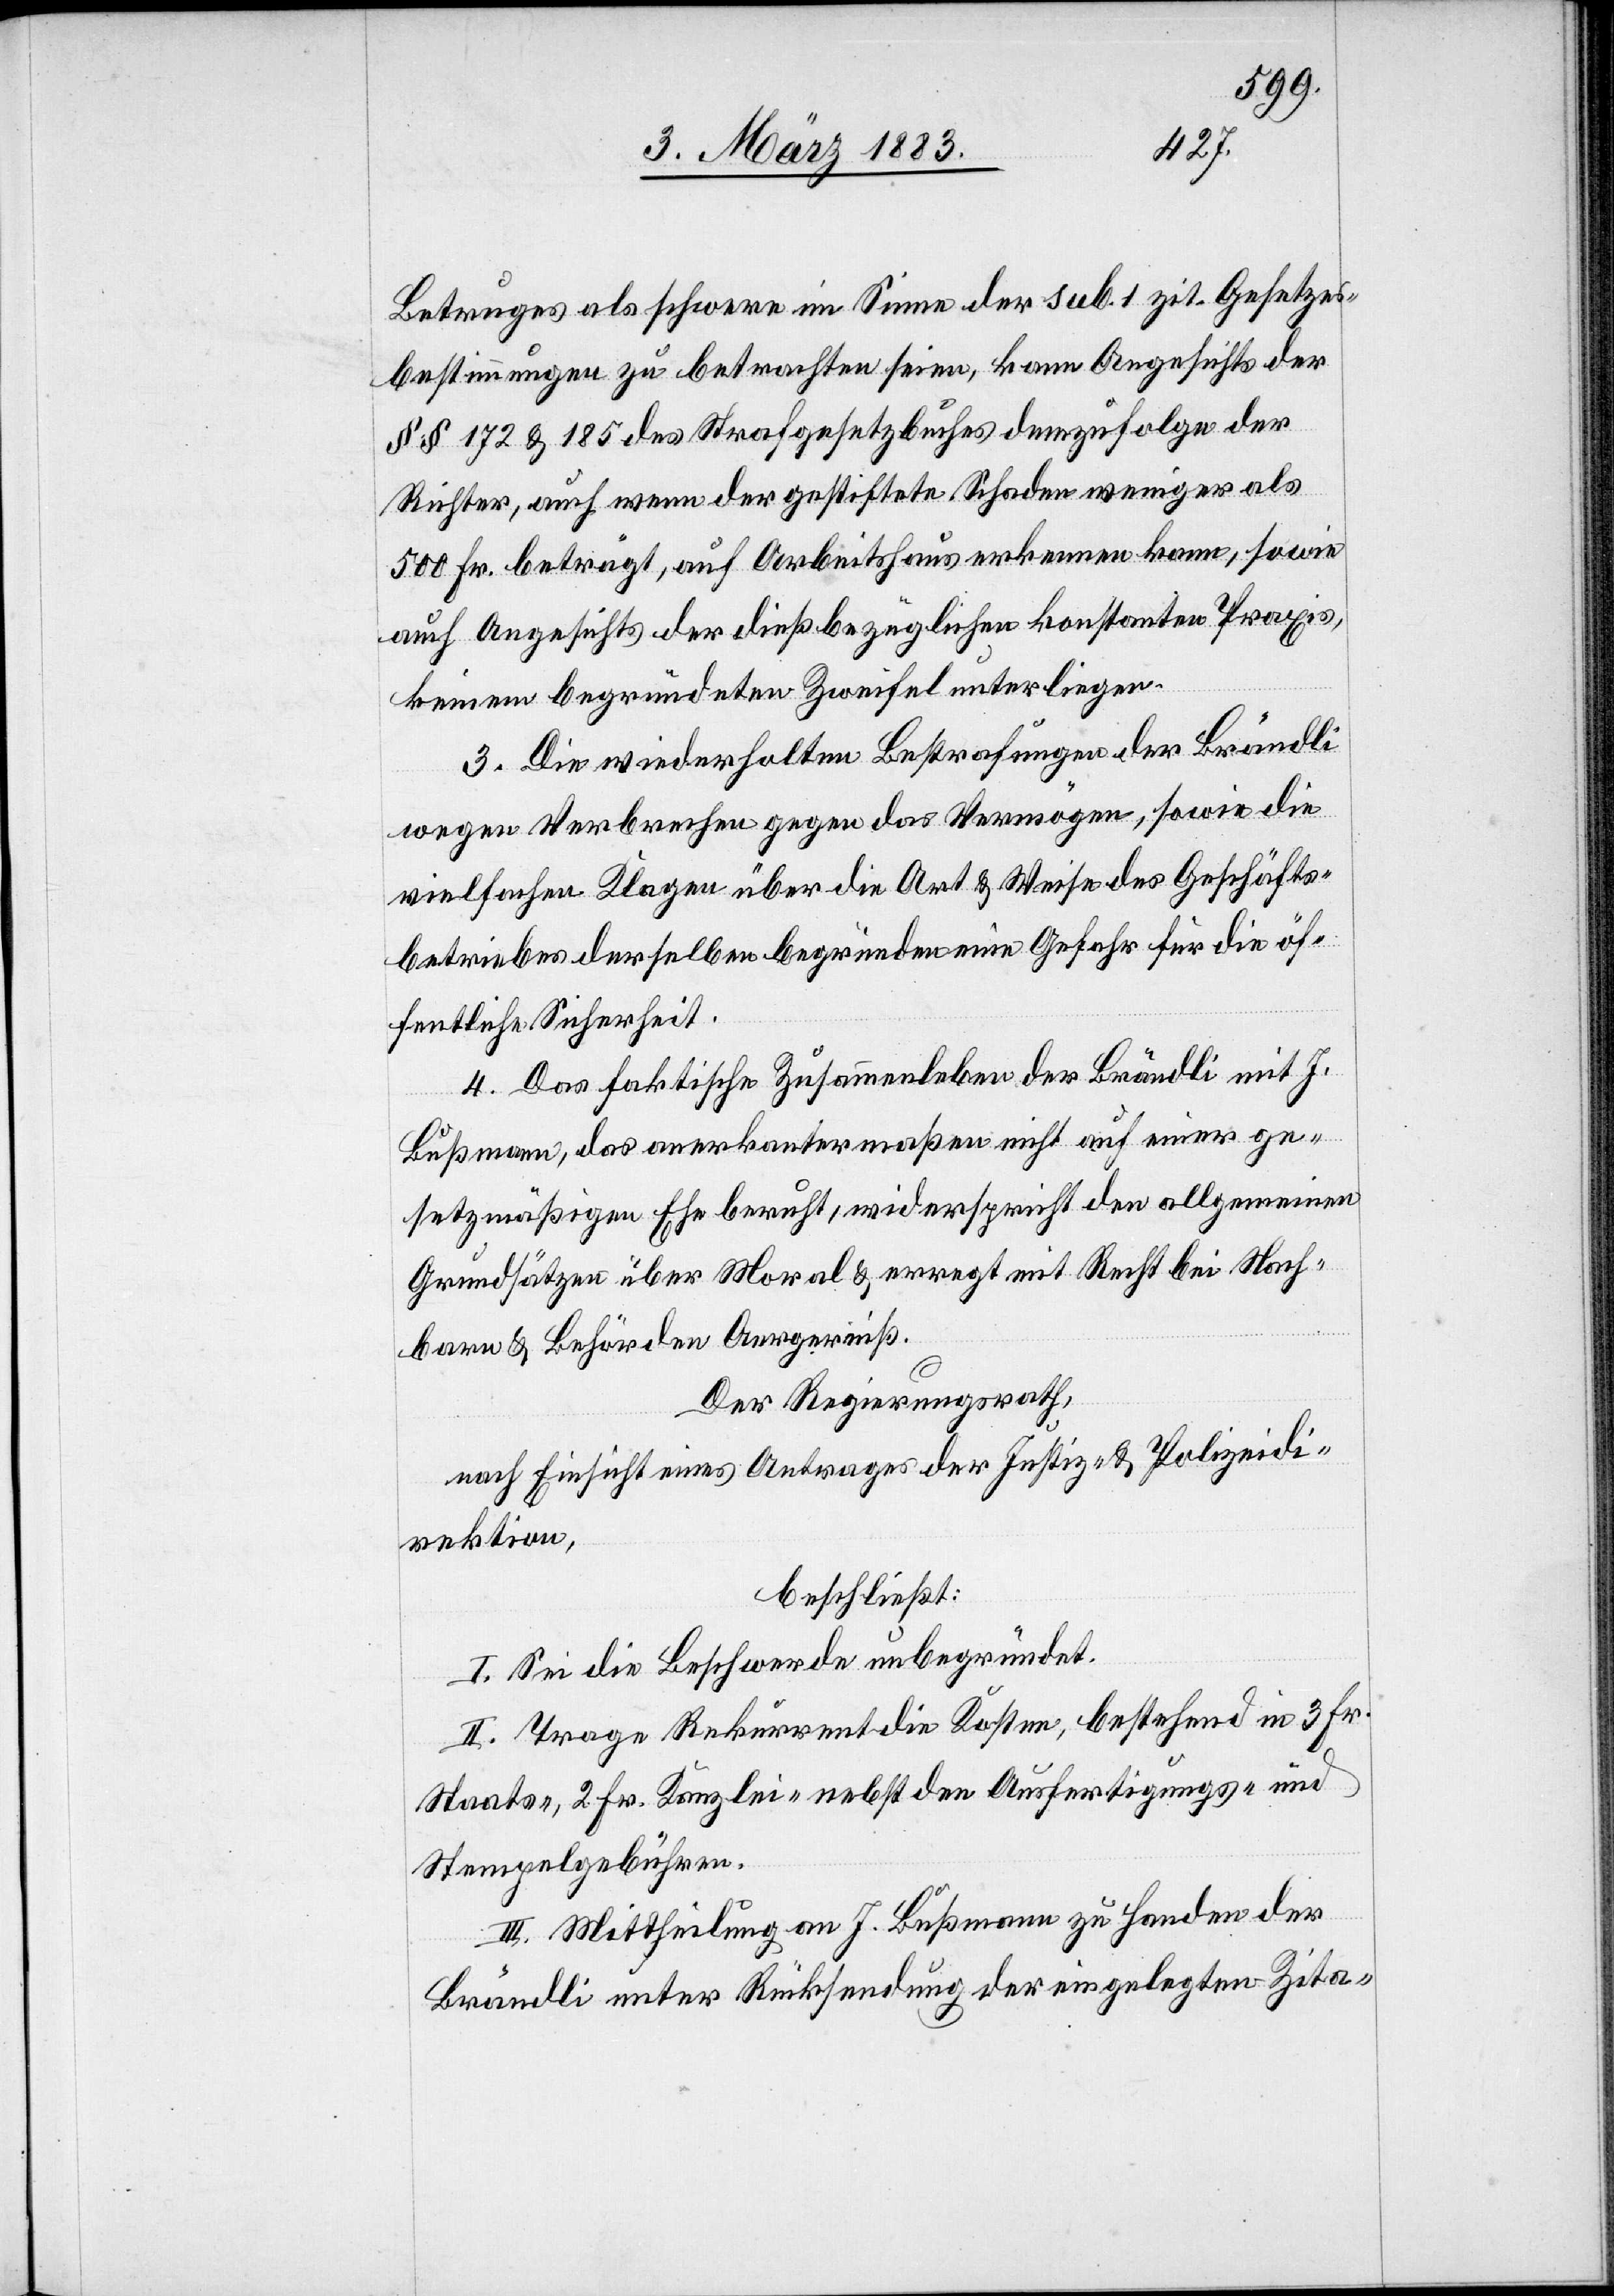
Betruges als schwere im Sinne der sub. 1 zit. Gesetzes¬
bestimmungen zu betrachten seien, kann Angesichts der
§§ 172 & 185 des Strafgesetzbuches demzufolge der
Richter, auch wenn der gestiftete Schaden weniger als
500 Fr. beträgt, auf Arbeitshaus erkennen kann, sowi¬
e Angesichts der dießbezüglichen konstanten Praxis,
keinem begründeten Zweifel unterliegen.
3. Die wiederholten Bestrafungen der Brändli
wegen Verbrechen gegen das Vermögen, sowie die
vielfachen Klagen über die Art & Weise des Geschäfts¬
betriebes derselben begründen eine Gefahr für die öf¬
fentliche Sicherheit.
4. Das faktische Zusammenleben der Brändli mit J.
Bußmann, das anerkanntermaßen nicht auf einer ge¬
setzmäßigen Ehe beruht, widerspricht den allgemeinen
Grundsätzen über Moral & erregt mit Recht bei Nach¬
barn & Behörden Aergerniß.
Der Regierungsrath,
nach Einsicht eines Antrages der Justiz- & Polizeidi¬
rektion,
beschließt:
I. Sei die Beschwerde unbegründet.
II. Trage Rekurrent die Kosten, bestehend in 3 Fr.
Staats-, 2 Fr. Kanzlei- nebst den Ausfertigungs- und
Stempelgebühren.
III. Mittheilung an J. Bußmann zu Handen der
Brändli unter Rücksendung der eingelegten Zita-